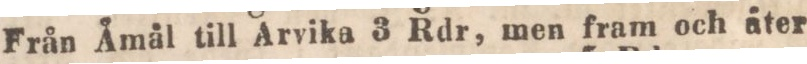
Från Åmål till Arvika 3 Rdr, men fram och äter